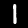
Label: 1